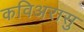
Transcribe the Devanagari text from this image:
कविअरासु